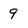
Character: 9